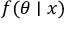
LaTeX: f ( \theta \mid x )